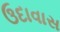
ઉદાવાસ